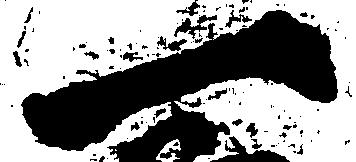
一